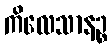
ကိလေသာနဉ္စ